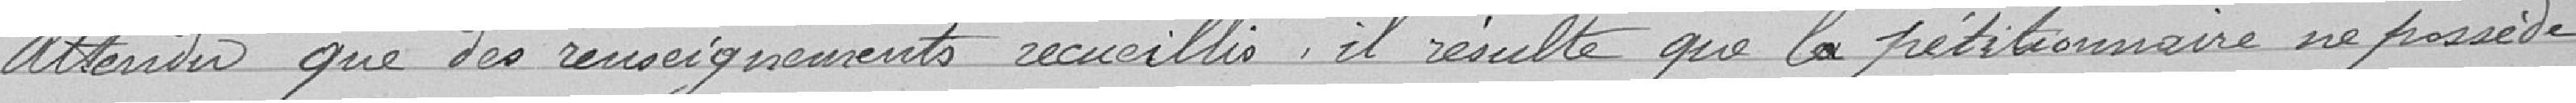
Attendu que des renseignements recueillis, il résulte que la pétitionnaire ne possède